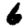
Digit: 6